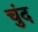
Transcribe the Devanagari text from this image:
चुंद